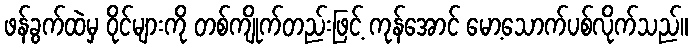
ဖန်ခွက်ထဲမှ ဝိုင်များကို တစ်ကျိုက်တည်းဖြင့် ကုန်အောင် မော့သောက်ပစ်လိုက်သည်။